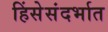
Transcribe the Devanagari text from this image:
हिंसेसंदर्भात